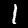
Label: 1